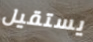
يستقيل